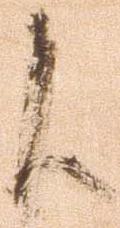
候